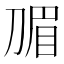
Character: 𭃽